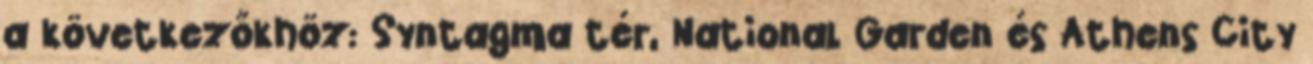
a következőkhöz: Syntagma tér, National Garden és Athens City